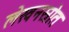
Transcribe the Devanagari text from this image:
लेखनस्रोत